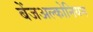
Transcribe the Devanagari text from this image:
बेंजअल्कोनियम